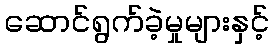
ဆောင်ရွက်ခဲ့မှုများနှင့်